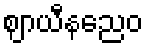
ဈာယီနညေဝ